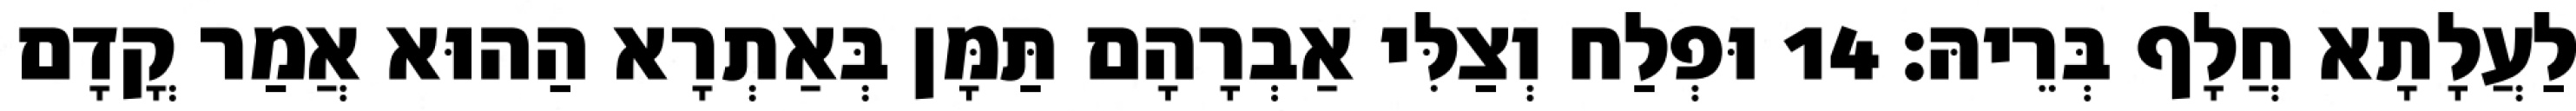
לַעֲלָתָא חֲלָף בְּרֵיהּ׃ 14 וּפְלַח וְצַלִּי אַבְרָהָם תַּמָּן בְּאַתְרָא הַהוּא אֲמַר קֳדָם